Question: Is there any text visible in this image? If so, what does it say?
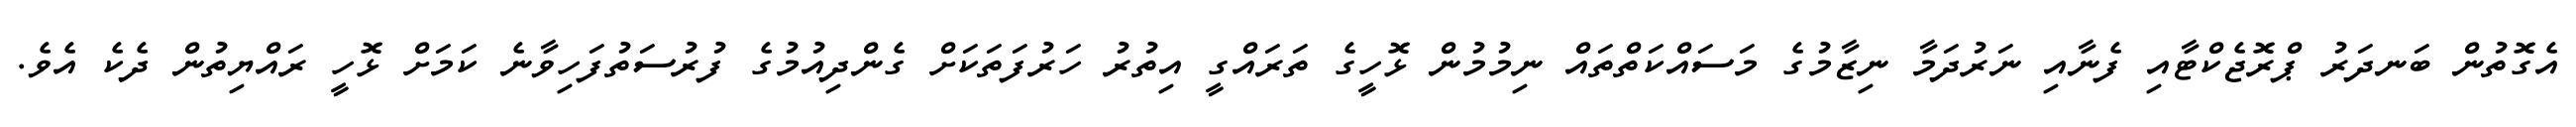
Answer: އެގޮތުން ބަނދަރު ޕްރޮޖެކްޓާއި ފެނާއި ނަރުދަމާ ނިޒާމުގެ މަސައްކަތްތައް ނިމުމުން ޅޮހީގެ ތަރައްގީ އިތުރު ހަރުފަތަކަށް ގެންދިއުމުގެ ފުރުސަތުފަހިވާނެ ކަމަށް ޅޮހީ ރައްޔިތުން ދެކެ އެވެ.